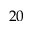
2 0